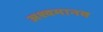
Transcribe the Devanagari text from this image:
अश्वमानव